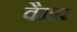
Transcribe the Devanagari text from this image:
वैमार